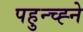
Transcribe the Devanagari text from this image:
पहुन्च्ह्ने